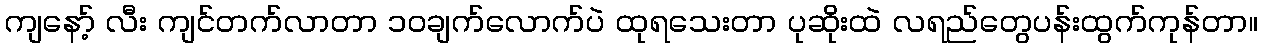
ကျနော့် လီး ကျင်တက်လာတာ ၁၀ချက်လောက်ပဲ ထုရသေးတာ ပုဆိုးထဲ လရည်တွေပန်းထွက်ကုန်တာ။